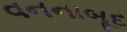
વનનાબૂદ